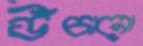
উঁঁচানো